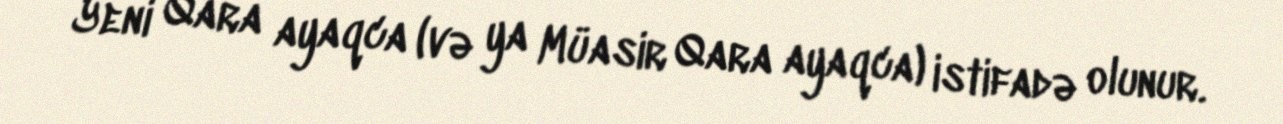
Yeni Qara ayaqca (və ya Müasir Qara ayaqca) istifadə olunur.